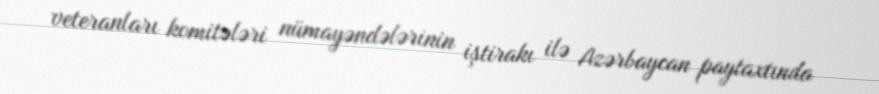
veteranları komitələri nümayəndələrinin iştirakı ilə Azərbaycan paytaxtında